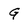
Character: G